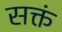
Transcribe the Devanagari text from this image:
सक्तं